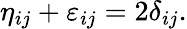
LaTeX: \eta_{ij}+\varepsilon_{ij}=2\delta_{ij}.